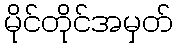
မိုင်တိုင်အမှတ်